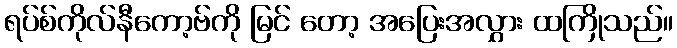
ရပ်စ်ကိုလ်နီကော့ဗ်ကို မြင် တော့ အပြေးအလွှား ထကြိုသည်။